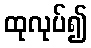
ထုလုပ်၍